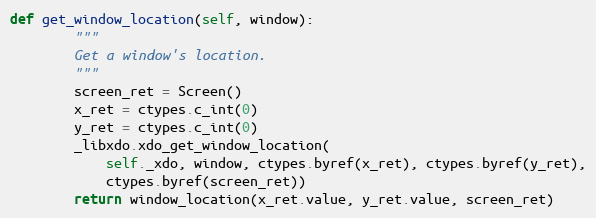
Language: Python
def get_window_location(self, window):
        """
        Get a window's location.
        """
        screen_ret = Screen()
        x_ret = ctypes.c_int(0)
        y_ret = ctypes.c_int(0)
        _libxdo.xdo_get_window_location(
            self._xdo, window, ctypes.byref(x_ret), ctypes.byref(y_ret),
            ctypes.byref(screen_ret))
        return window_location(x_ret.value, y_ret.value, screen_ret)